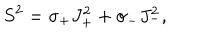
LaTeX: S ^ { 2 } = \sigma _ { + } J _ { + } ^ { 2 } + \sigma _ { - } J _ { - } ^ { 2 } ,